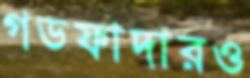
গডফাদারও